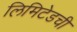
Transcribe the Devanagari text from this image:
लिमिटेडची